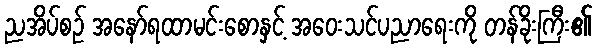
ညအိပ်စဉ် အနော်ရထာမင်းစောနှင့် အဝေးသင်ပညာရေးကို တန်ခိုးကြီး၏